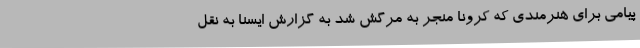
پیامی برای هنرمندی که کرونا منجر به مرگش شد به گزارش ایسنا به نقل